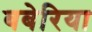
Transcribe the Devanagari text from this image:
बबेरिया